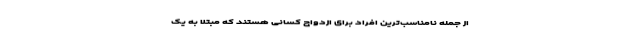
از جمله نامناسب‌ترین افراد برای ازدواج کسانی هستند که مبتلا به یک